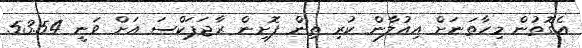
އެގޮތުން މިހާތަނަށް އިއުލާން ކުރި ތިން ފޮށިން ރާޖަޕަކްސަ އަށް ވަނީ 53.54